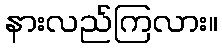
နားလည်ကြလား။